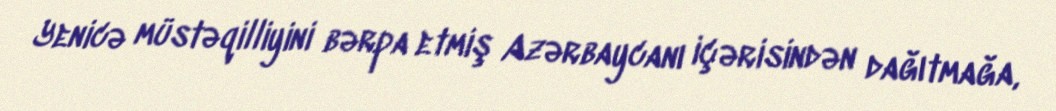
Yenicə müstəqilliyini bərpa etmiş Azərbaycanı içərisindən dağıtmağa,